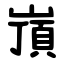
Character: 嵿